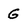
Character: G